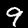
Label: 9